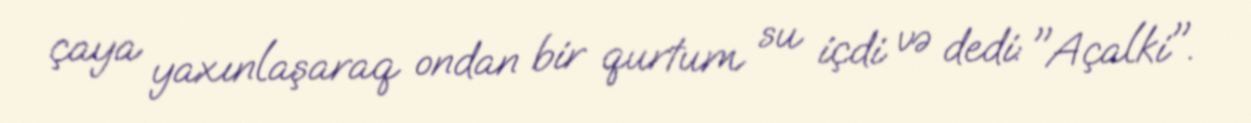
çaya yaxınlaşaraq ondan bir qurtum su içdi və dedi: "Açalki".